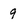
Character: 9